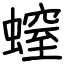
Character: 螲